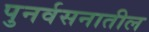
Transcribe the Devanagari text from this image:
पुनर्वसनातील